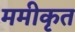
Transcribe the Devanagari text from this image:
ममीकृत